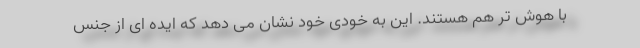
با هوش تر هم هستند. این به خودی خود نشان می دهد که ایده ای از جنس